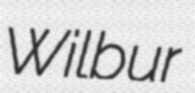
Wilbur